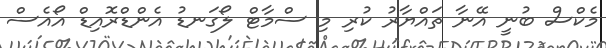
މެކްސް ބުނީ އޭނާ ތައްޔާރު ކުރި މި ސްމާޓް ލޯގަނޑު އެންޑްރޮއިޑް އޯއެސް